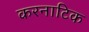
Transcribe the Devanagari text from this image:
करनाटिक